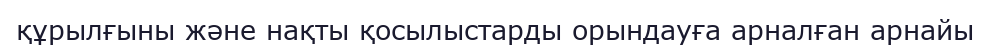
құрылғыны және нақты қосылыстарды орындауға арналған арнайы